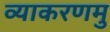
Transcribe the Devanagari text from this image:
व्याकरणमु